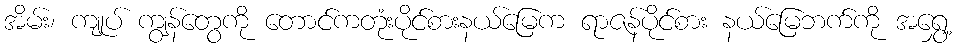
အိမ်း၊ ကျုပ် ကျွန်တွေကို တောင်ကတုံးပိုင်စားနယ်မြေက ရာဇန်ပိုင်စား နယ်မြေဘက်ကို အရွှေ့